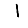
Digit: 1